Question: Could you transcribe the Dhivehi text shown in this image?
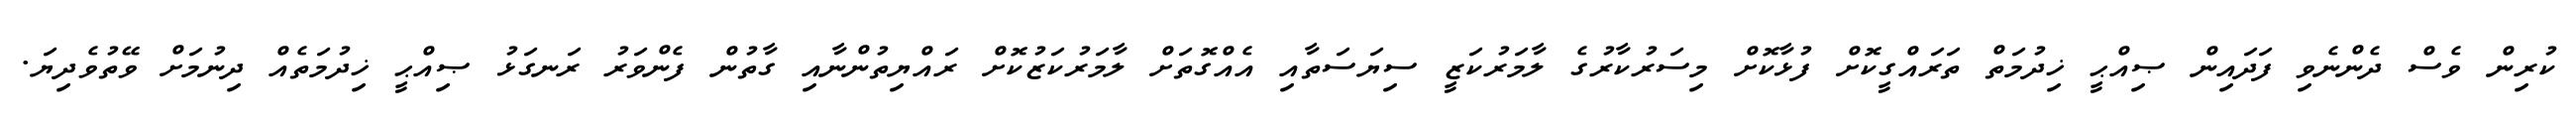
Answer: ކުރިން ވެސް ދެންނެވި ފަދައިން ޞިއްޙީ ޚިދުމަތް ތަރައްގީކޮށް ފުޅާކޮށް މިސަރުކާރުގެ ލާމަރުކަޒީ ސިޔަސަތާއި އެއްގޮތަށް ލާމަރުކަޒުކޮށް ރައްޔިތުންނާއި ގާތުން ފެންވަރު ރަނގަޅު ޞިއްޙީ ޚިދުމަތެއް ދިނުމަށް ވޭތުވެދިޔަ.